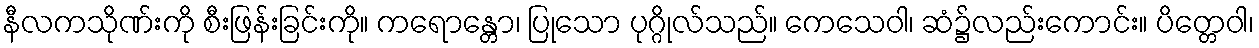
နီလကသိုဏ်းကို စီးဖြန်းခြင်းကို။ ကရောန္တော၊ ပြုသော ပုဂ္ဂိုလ်သည်။ ကေသေဝါ၊ ဆံ၌လည်းကောင်း။ ပိတ္တေဝါ၊